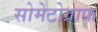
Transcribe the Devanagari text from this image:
सोमेटोग्राफ